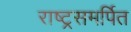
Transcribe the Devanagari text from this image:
राष्ट्रसमर्पित